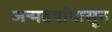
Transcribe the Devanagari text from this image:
जन्मवर्षापासून